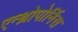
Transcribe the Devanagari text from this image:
एन्थ्रोपोर्निस